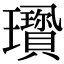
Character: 𤫋